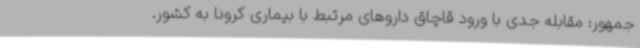
جمهور: مقابله جدی با ورود قاچاق داروهای مرتبط با بیماری کرونا به کشور.